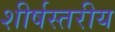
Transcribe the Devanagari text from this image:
शीर्षस्तरीय